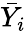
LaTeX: {\bar{Y}}_{i}